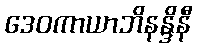
ဒေဝကာယာဘိနန္ဒိနီ